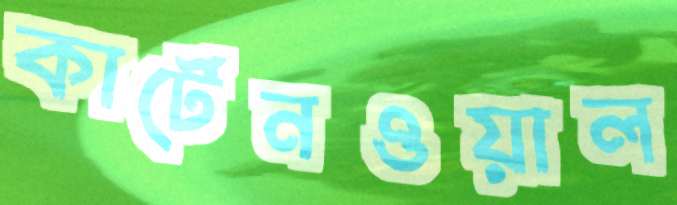
কার্টেনওয়াল